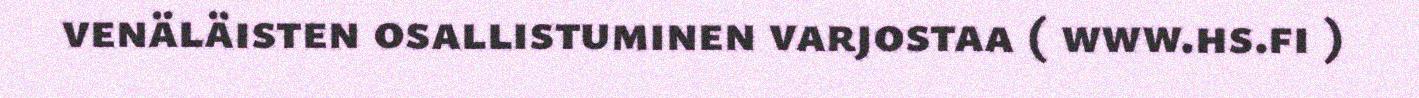
venäläisten osallistuminen varjostaa ( www.hs.fi )